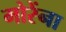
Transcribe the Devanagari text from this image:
मोरेंना